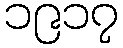
၁၉၁၇